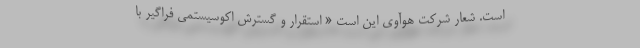
است. شعار شرکت هوآوی این است « استقرار و گسترش اکوسیستمی فراگیر با